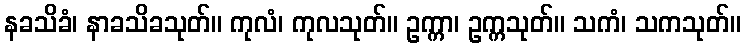
နခသိခံ၊ နာခသိခသုတ်။ ကုလံ၊ ကုလသုတ်။ ဥက္ကာ၊ ဥက္ကသုတ်။ သကံ၊ သကသုတ်။